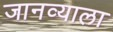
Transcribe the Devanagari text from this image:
जानव्याला